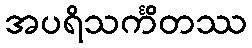
အပရိသင်္ကိတဿ